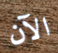
الآن